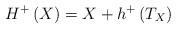
LaTeX: \begin{align*}H^+\left( X \right) = X + h^+\left( T_{X} \right)\end{align*}